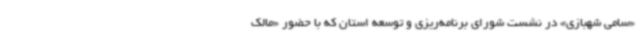
«سامی شهبازی» در نشست شورای برنامه‌ریزی و توسعه استان که با حضور «مالک